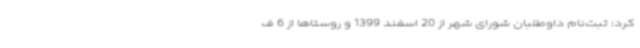
کرد: ثبت‌نام داوطلبان شورای شهر از 20 اسفند 1399 و روستاها از 6 ف